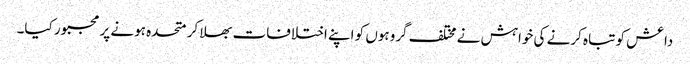
داعش کو تباہ کرنے کی خواہش نے مختلف گروہوں کو اپنے اختلافات بھلا کر متحدہ ہونے پر مجبور کیا۔